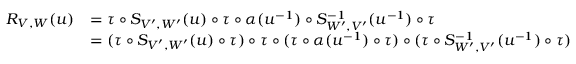
\begin{array} { r l } { R _ { V , W } ( u ) } & { = \tau \circ S _ { V ^ { \prime } , W ^ { \prime } } ( u ) \circ \tau \circ \alpha ( u ^ { - 1 } ) \circ S _ { W ^ { \prime } , V ^ { \prime } } ^ { - 1 } ( u ^ { - 1 } ) \circ \tau } \\ & { = ( \tau \circ S _ { V ^ { \prime } , W ^ { \prime } } ( u ) \circ \tau ) \circ \tau \circ ( \tau \circ \alpha ( u ^ { - 1 } ) \circ \tau ) \circ ( \tau \circ S _ { W ^ { \prime } , V ^ { \prime } } ^ { - 1 } ( u ^ { - 1 } ) \circ \tau ) } \end{array}